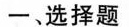
一、选择题